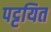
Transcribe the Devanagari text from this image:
पट्टयित